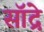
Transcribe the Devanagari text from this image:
सॉद्रे